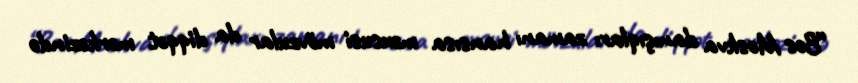
“Bəs Moskva danışıqları zamanı hansısa məxsusi mövzular da diqqət mərkəzində